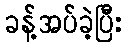
ခန့်အပ်ခဲ့ပြီး